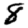
Digit: 8